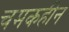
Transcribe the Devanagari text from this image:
चमकहीन